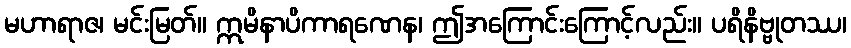
မဟာရာဇ၊ မင်းမြတ်။ ဣမိနာပိကာရဏေန၊ ဤအကြောင်းကြောင့်လည်း။ ပရိနိဗ္ဗုတဿ၊